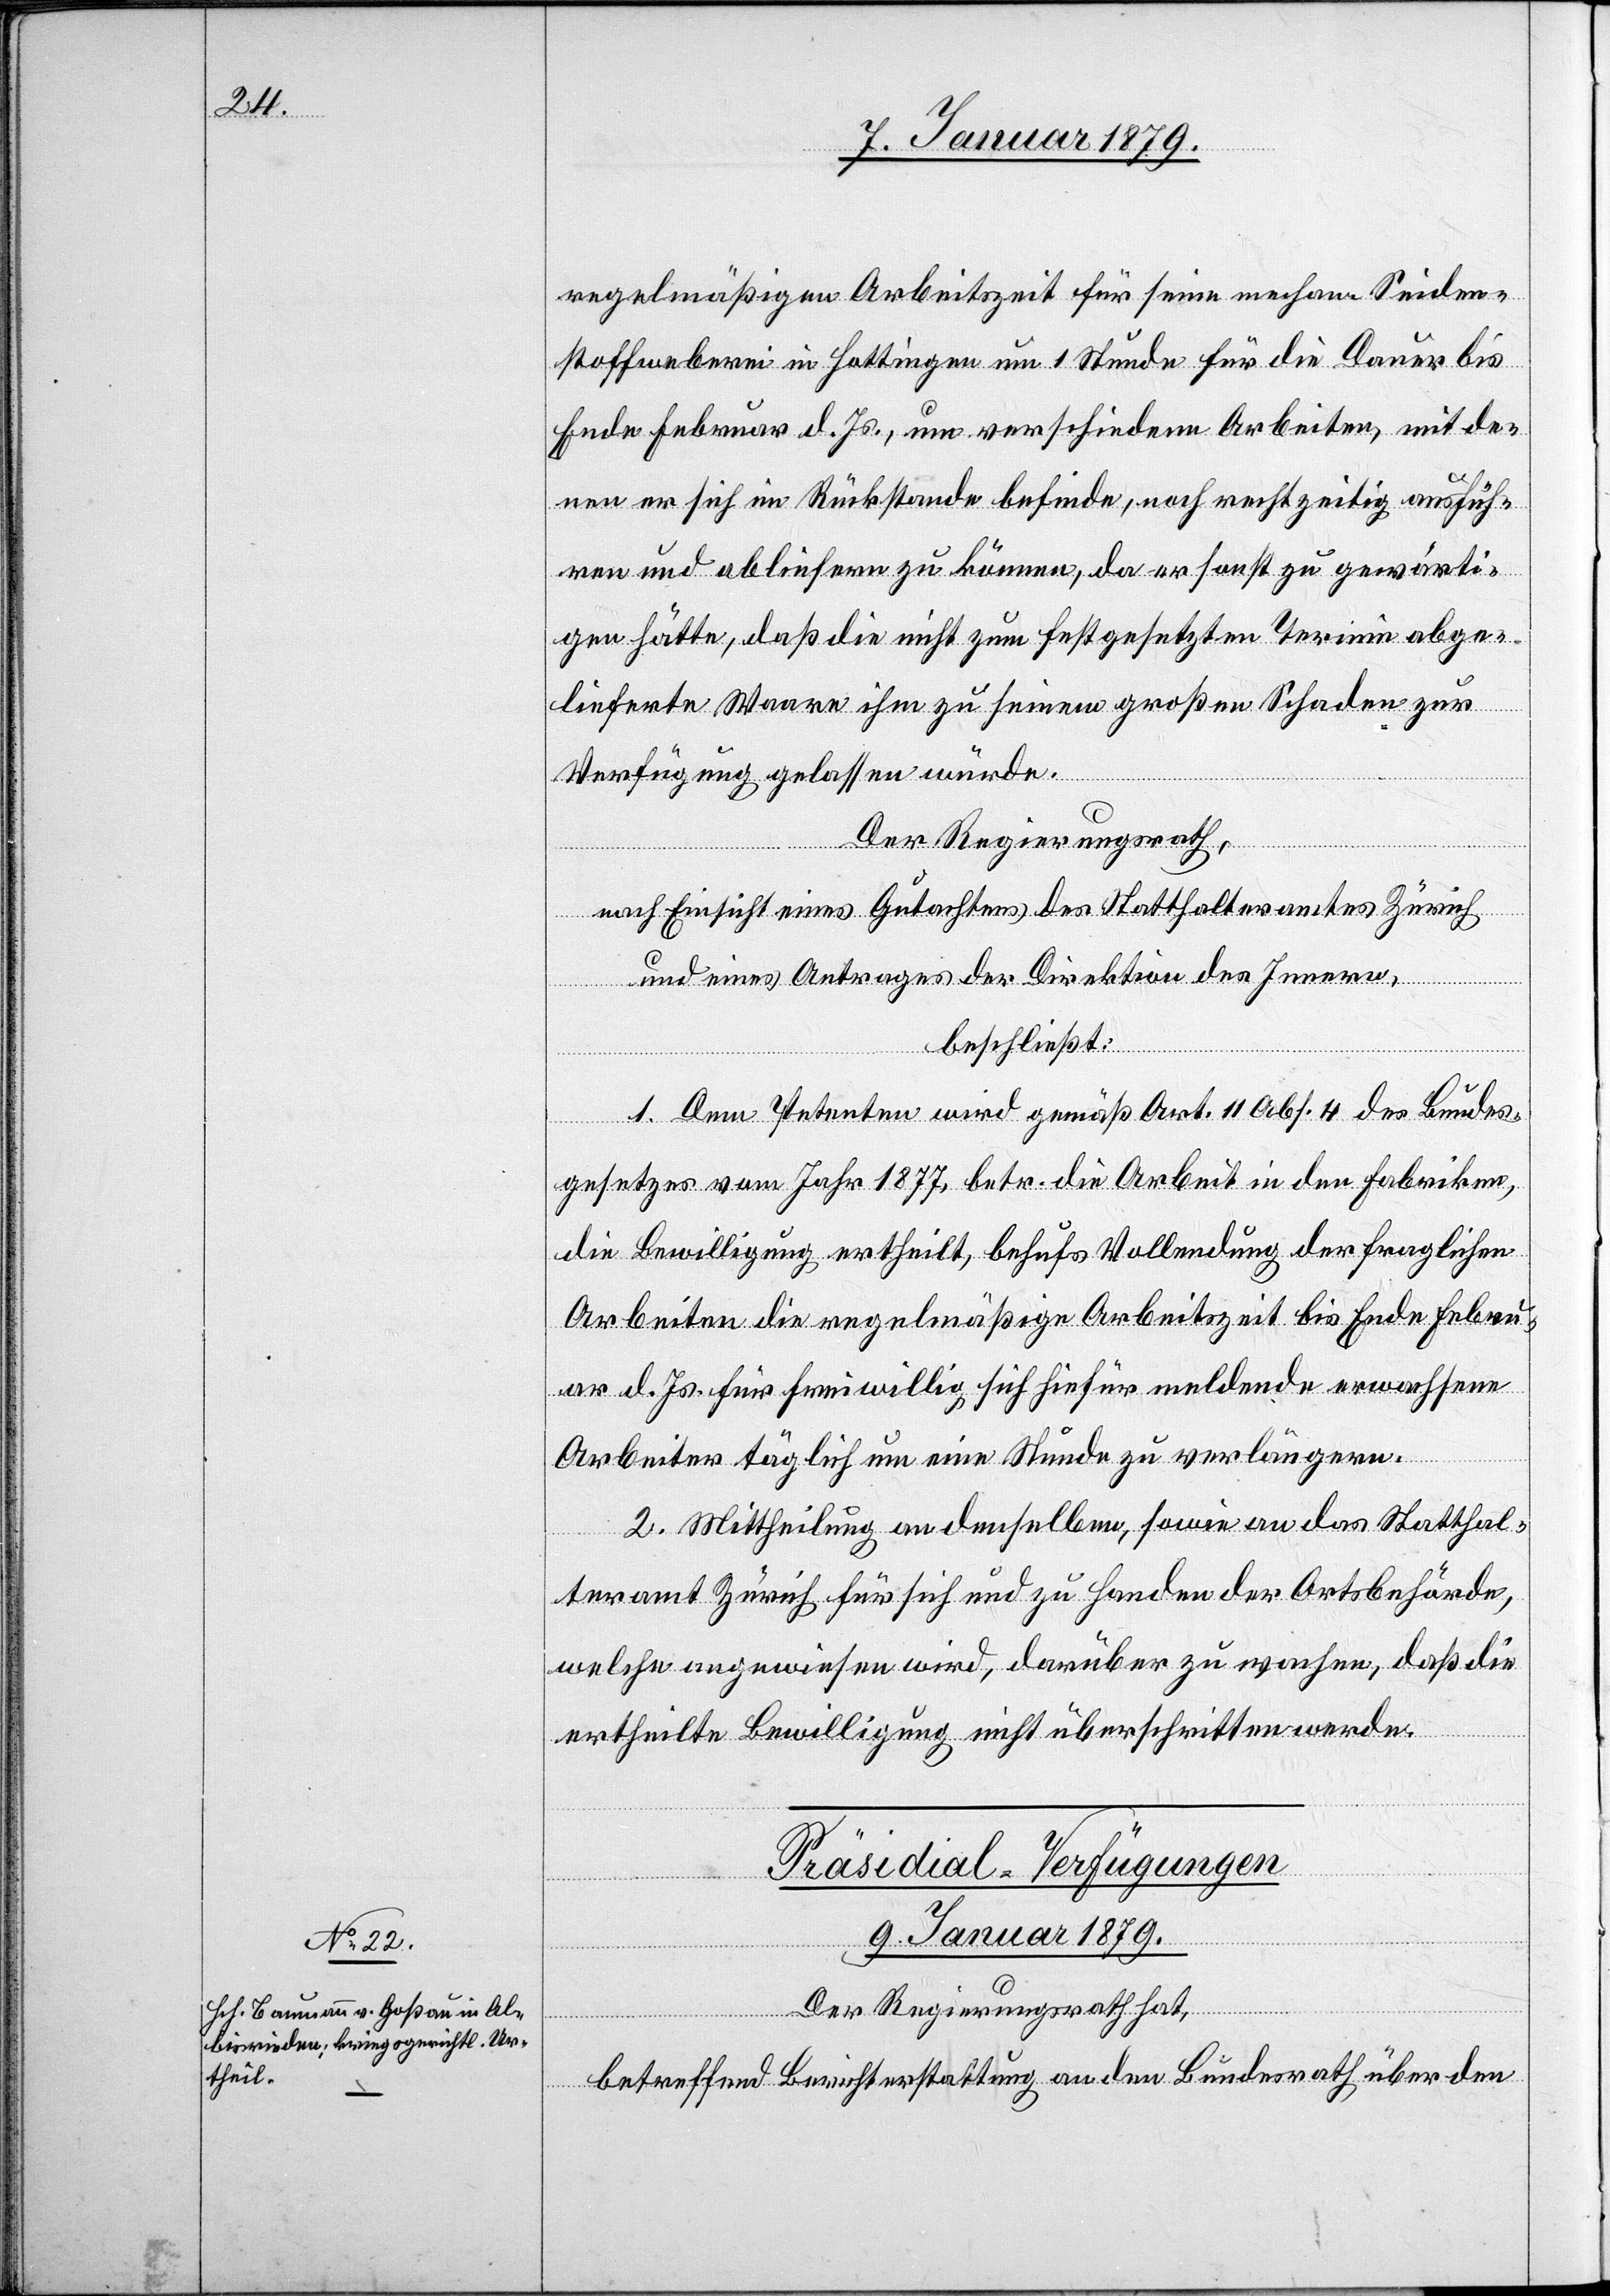
regelmäßigen Arbeitszeit für seine mechan. Seiden¬
stoffweberei in Hottingen um 1 Stunde für die Dauer bis
Ende Februar d. Js., um verschiedene Arbeiten, mit de¬
nen er sich im Rückstande befinde, noch rechtzeitig ausfüh¬
ren und abliefern zu können, da er sonst zu gewärti¬
gen hätte, daß die nicht zum festgesetzten Termin abge¬
lieferte Waare ihm zu seinem großen Schaden zur
Verfügung gelassen würde.
Der Regierungsrath,
nach Einsicht eines Gutachtens des Statthalteramtes Zürich
und eines Antrages der Direktion des Innern,
beschließt:
1. Dem Petenten wird gemäß Art. 11 Abs. 4 des Bundes¬
gesetzes vom Jahr 1877, betr. die Arbeiten in den Fabriken,
die Bewilligung ertheilt, behufs Vollendung der fraglichen
Arbeiten die regelmäßige Arbeitszeit bis Ende Febru¬
ar d. Js. für freiwillig sich hiefür meldende erwachsene
Arbeiter täglich um eine Stunde zu verlängern.
2. Mittheilung an denselben, sowie an das Statthal¬
teramt Zürich für sich und zu Handen der Ortsbehörde,
welche angewiesen wird, darüber zu wachen, daß die
ertheilte Bewilligung nicht überschritten werde.
Präsidial-Verfügungen.
9. Januar 1879.
Der Regierungsrath hat,
betreffend Berichterstattung an den Bundesrath über den